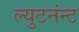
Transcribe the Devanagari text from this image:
ल्युटनंन्ट